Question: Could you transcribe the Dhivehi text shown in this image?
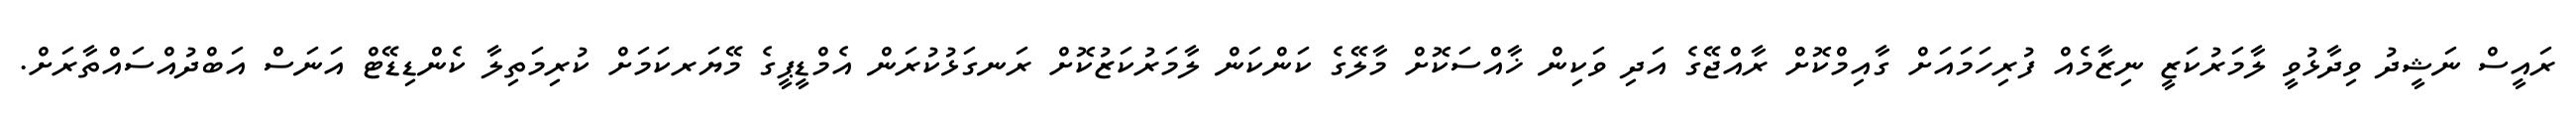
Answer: ރައީސް ނަޝީދު ވިދާޅުވީ ލާމަރުކަޒީ ނިޒާމެއް ފުރިހަމައަށް ގާއިމްކޮށް ރާއްޖޭގެ އަދި ވަކިން ޚާއްސަކޮށް މާލޭގެ ކަންކަން ލާމަރުކަޒުކޮށް ރަނގަޅުކުރަން އެމްޑީޕީގެ މޭޔަރކަމަށް ކުރިމަތިލާ ކެންޑިޑޭޓް އަނަސް އަބްދުއްސައްތާރަށް.